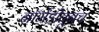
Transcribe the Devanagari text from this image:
नॉर्मंडीतूनच